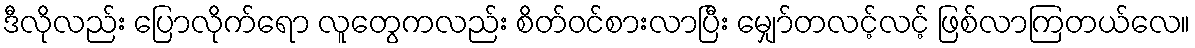
ဒီလိုလည်း ပြောလိုက်ရော လူတွေကလည်း စိတ်ဝင်စားလာပြီး မျှော်တလင့်လင့် ဖြစ်လာကြတယ်လေ။